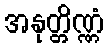
အနုတ္တိဏ္ဏံ